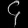
Digit: ၄